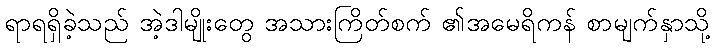
ရာရရှိခဲ့သည် အဲ့ဒါမျိုးတွေ အသားကြိတ်စက် ၏အမေရိကန် စာမျက်နှာသို့